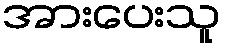
အားပေးသူ